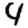
Digit: 4